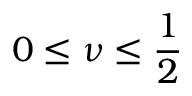
0 \leq \nu \leq \frac { 1 } { 2 }